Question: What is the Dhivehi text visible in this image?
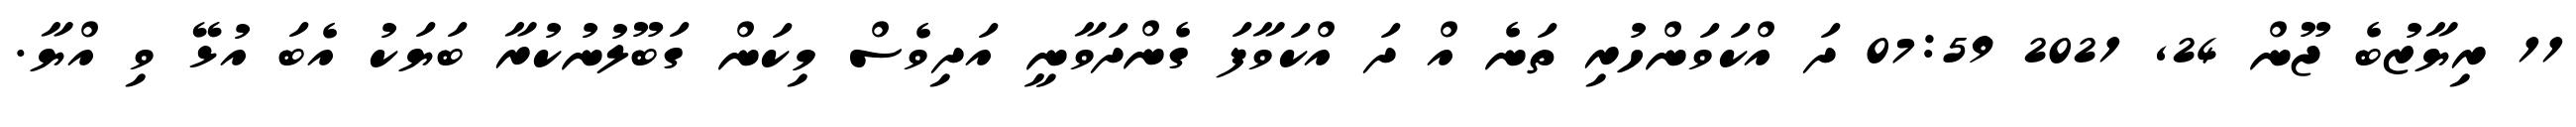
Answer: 11 ރިޔާޒުބެ ޖޫން 24, 2021 07:59 ދަ އްކަވަންހުރި ތަނެ އް ދަ އްކަވާފަ ގެންދަވާނީ އަދިވެސް މިކަން ގަބޫލުނުކުރާ ބަޔަކު އެބަ އުޅޭ ވި އްޔާ.